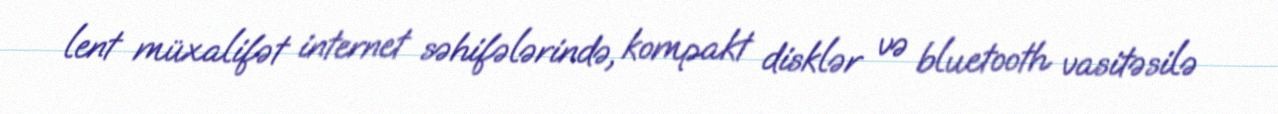
lent müxalifət internet səhifələrində, kompakt disklər və bluetooth vasitəsilə